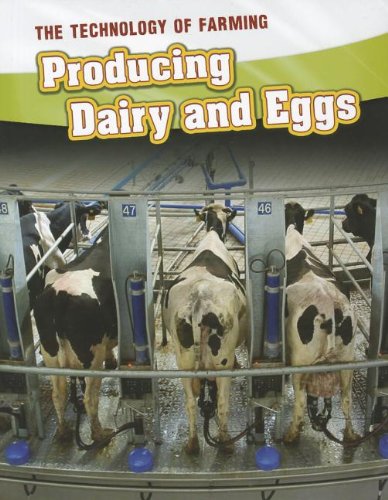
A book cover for Producing Dairy and Eggs (The Technology of Farming); Jane Bingham; Children's Books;